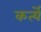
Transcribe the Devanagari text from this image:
कर्त्ये